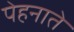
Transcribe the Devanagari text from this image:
पेहनाते